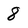
Character: 8